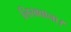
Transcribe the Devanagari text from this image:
लिखवाना।